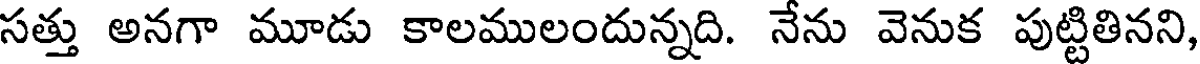
సత్తు అనగా మూడు కాలములందున్నది. నేను వెనుక పుట్టితినని,